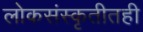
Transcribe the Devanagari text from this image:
लोकसंस्कृतीतही